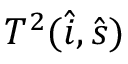
T ^ { 2 } ( \hat { \boldsymbol { i } } , \hat { \boldsymbol { s } } )